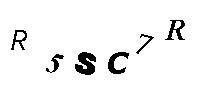
R5SC7R